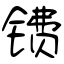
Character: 镄